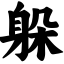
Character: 躲